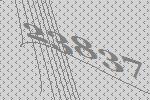
23837